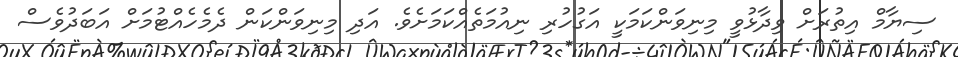
ސިޔާމް އިތުރަށް ވިދާޅުވީ މިނިވަންކަމަކީ އަގުހުރި ނިއުމަތެއްކަމަށެވެ. އަދި މިނިވަންކަން ދެމެހެއްޓުމަށް އަބަދުވެސް